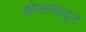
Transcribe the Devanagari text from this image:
कोलम्बाइट